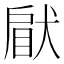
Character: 𤟵